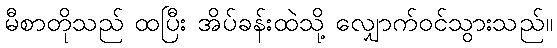
မီစာတိုသည် ထပြီး အိပ်ခန်းထဲသို့ လျှောက်ဝင်သွားသည်။